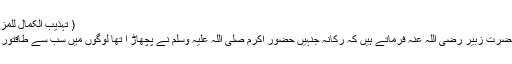
( تہذیب الکمال للمزی )
٭ حضرت زبیر رضی اللہ عنہ فرماتے ہیں کہ رکانہ جنہیں حضور اکرم صلی اللہ علیہ وسلم نے پچھاڑ ا تھا لوگوں میں سب سے طاقتور تھا۔